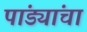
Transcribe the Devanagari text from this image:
पांड्यांचा